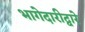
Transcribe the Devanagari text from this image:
भागेदारीद्वारे